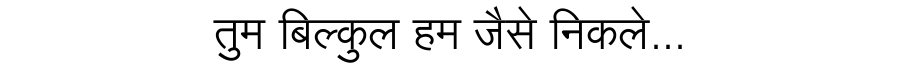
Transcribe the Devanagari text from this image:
तुम बिल्कुल हम जैसे निकले...